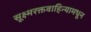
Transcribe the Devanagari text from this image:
सूक्ष्मरक्तवाहिन्यामधून